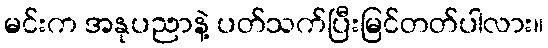
မင်းက အနုပညာနဲ့ ပတ်သက်ပြီးမြင်တတ်ပါလား။